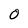
Character: 0